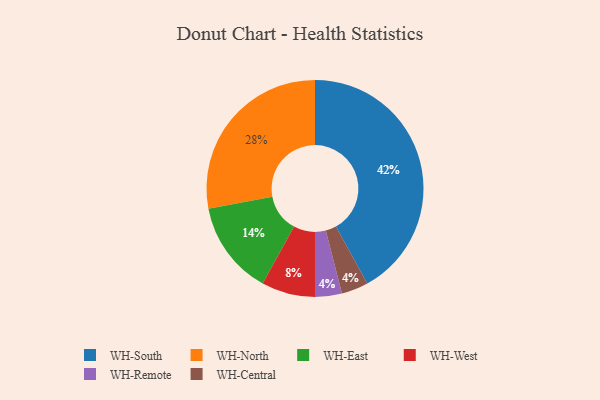
{"axis": {"x": "Category", "y": "Percentage"}, "legend": ["WH-Central", "WH-East", "WH-North", "WH-Remote", "WH-South", "WH-West"], "data": [{"x": "WH-North", "y": 28, "type": "WH-North"}, {"x": "WH-South", "y": 42, "type": "WH-South"}, {"x": "WH-Remote", "y": 4, "type": "WH-Remote"}, {"x": "WH-West", "y": 8, "type": "WH-West"}, {"x": "WH-East", "y": 14, "type": "WH-East"}, {"x": "WH-Central", "y": 4, "type": "WH-Central"}]}